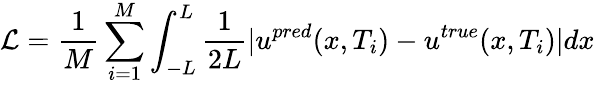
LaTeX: \mathcal{L}=\frac{1}{M}\sum_{i=1}^{M}\int_{-L}^{L}\frac{1}{2L}|u^{pred}(x,T_{i})-u^{true}(x,T_{i})|dx